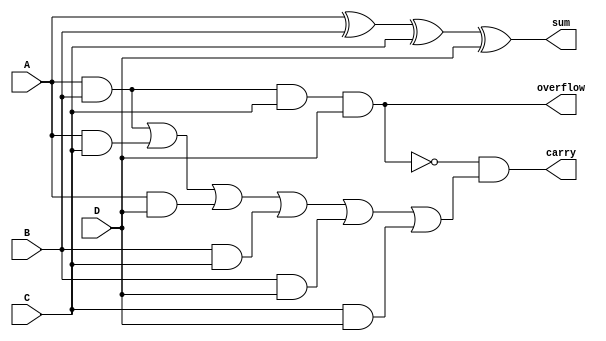
// -------------------------------------------------------------------------------------
//
//Description:This program works as a simple four bit adder. returns the binary count of
//					how many of these inputs are true via [overlow, carry, sum]
//
// -------------------------------------------------------------------------------------
module fourbitadder (A, B, C, D, overflow, carry, sum);

//Assign four inputs which will be the switches 
input A, B, C, D;

output overflow, carry, sum;//outputs which will be the LEDS

//This is the MSB returns true if all four are on
assign overflow = A & B & C & D;

//this is the second LSB. it returns true on 2 & 3 high values  
assign carry = !(A & B & C & D) & (A & B | A & C | A & D| B & C| B & D | C & D);

assign sum = A^B^C^D; //LSB (Odd or even bit)

endmodule